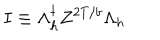
I \equiv \Lambda _ { h } ^ { \dagger } Z ^ { 2 T / b } \Lambda _ { h }